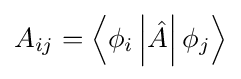
A_{ij}=\left\langle \phi _{i}\left|{\hat {A}}\right|\phi _{j}\right\rangle